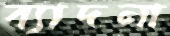
ব্যাদনা